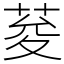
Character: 荾